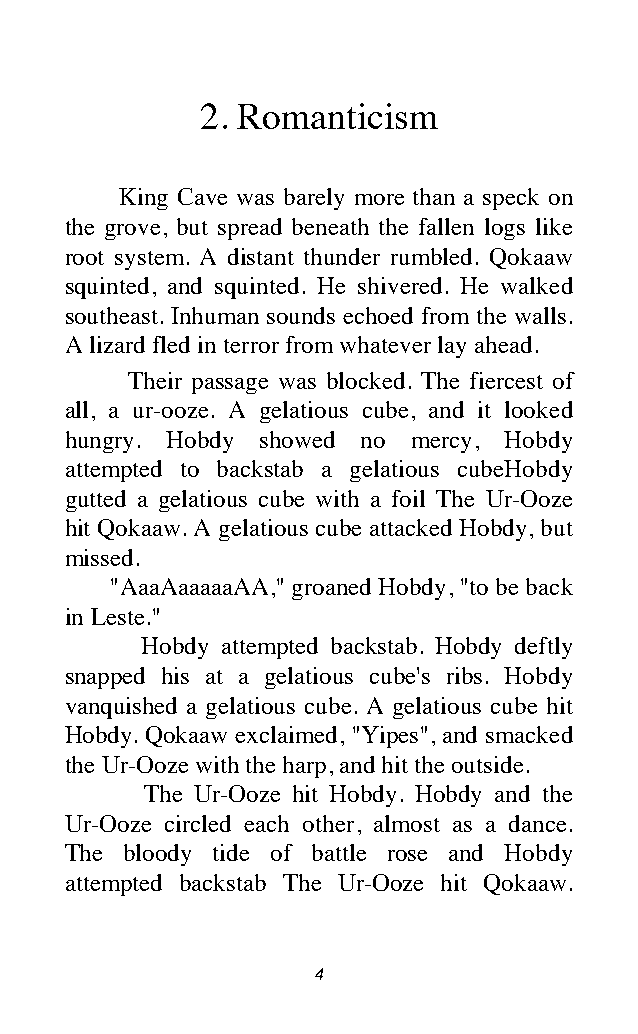
2. Romanticism
 King Cave was barely more than a speck on
 the grove, but spread beneath the fallen logs like
 root system. A distant thunder rumbled. Qokaaw
 squinted, and squinted. He shivered. He walked
 southeast. Inhuman sounds echoed from the walls.
 A lizard fled in terror from whatever lay ahead.
 Their passage was blocked. The fiercest of
 all, a ur-ooze. A gelatious cube, and it looked
 hungry. Hobdy showed no mercy, Hobdy
 attempted to backstab a gelatious cubeHobdy
 gutted a gelatious cube with a foil The Ur-Ooze
 hit Qokaaw. A gelatious cube attacked Hobdy, but
 missed.
 "AaaAaaaaaAA," groaned Hobdy, "to be back
 in Leste."
 Hobdy attempted backstab. Hobdy deftly
 snapped his at a gelatious cube's ribs. Hobdy
 vanquished a gelatious cube. A gelatious cube hit
 Hobdy. Qokaaw exclaimed, "Yipes", and smacked
 the Ur-Ooze with the harp, and hit the outside.
 The Ur-Ooze hit Hobdy. Hobdy and the
 Ur-Ooze circled each other, almost as a dance.
 The bloody tide of battle rose and Hobdy
 attempted backstab The Ur-Ooze hit Qokaaw.
 4